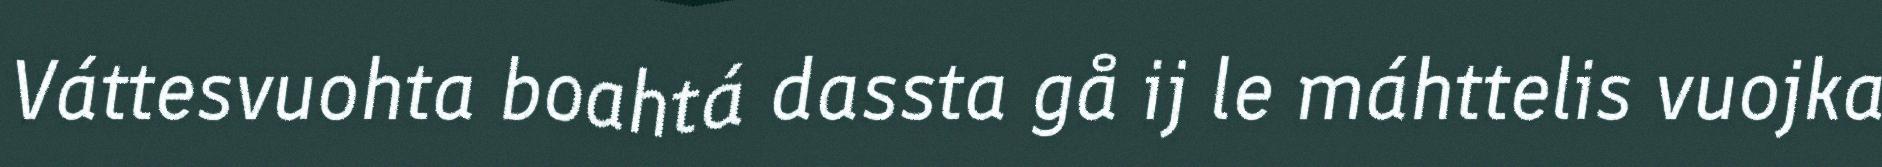
Váttesvuohta boahtá dassta gå ij le máhttelis vuojka